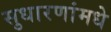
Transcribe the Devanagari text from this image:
सुधारणांमधे